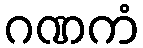
ဂဏကံ